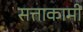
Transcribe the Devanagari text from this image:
सत्ताकामी